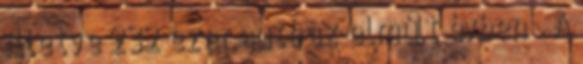
illetve 232 ezer autó az elmúlt évben . A